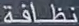
نطاقيفة